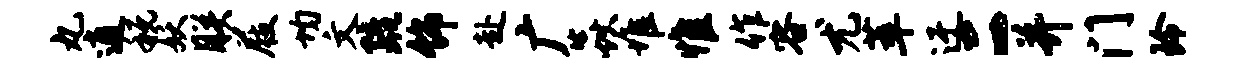
丸逍税妖朕屐均文疏饰赴广焱堆惟作容尤萃迂二并门玲